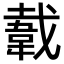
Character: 𬰫